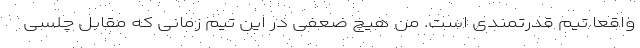
واقعا تیم قدرتمندی است. من هیچ ضعفی در این تیم زمانی که مقابل چلسی